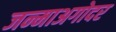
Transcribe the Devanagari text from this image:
जन्माअगोदर